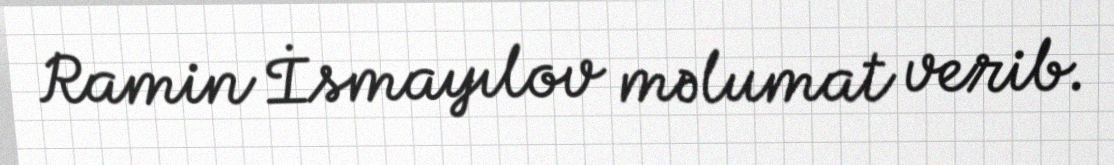
Ramin İsmayılov məlumat verib.